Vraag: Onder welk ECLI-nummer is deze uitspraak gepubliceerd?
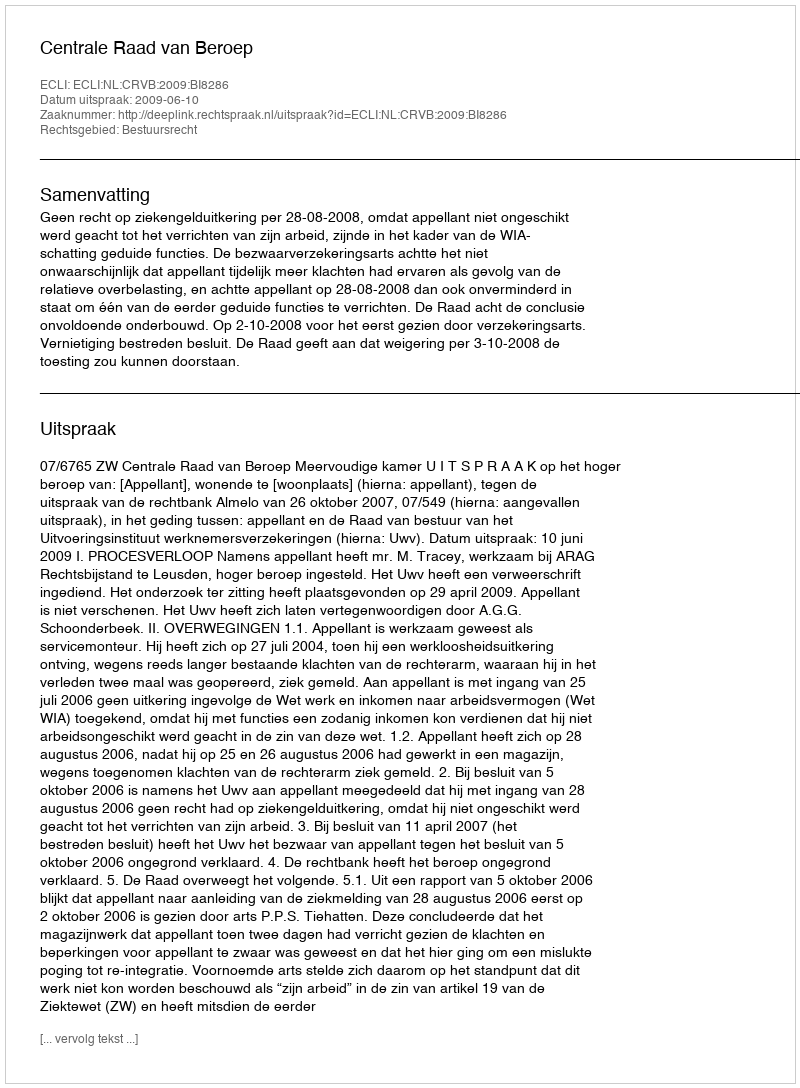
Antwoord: ECLI:NL:CRVB:2009:BI8286